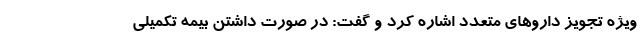
ویژه تجویز داروهای متعدد اشاره کرد و گفت: در صورت داشتن بیمه تکمیلی